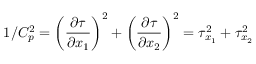
1 / C _ { p } ^ { 2 } = \left( \frac { \partial \tau } { \partial x _ { 1 } } \right) ^ { 2 } + \left( \frac { \partial \tau } { \partial x _ { 2 } } \right) ^ { 2 } = \tau _ { x _ { 1 } } ^ { 2 } + \tau _ { x _ { 2 } } ^ { 2 }